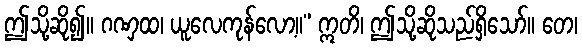
ဤသို့ဆို၍။ ဂဏှထ၊ ယူလေကုန်လော့။” ဣတိ၊ ဤသို့ဆိုသည်ရှိသော်။ တေ၊